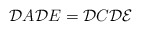
\begin{align*}{\cal D}A {\cal D}E={\cal D}C {\cal D}{\cal E}\end{align*}